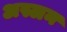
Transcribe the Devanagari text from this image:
अस्लन